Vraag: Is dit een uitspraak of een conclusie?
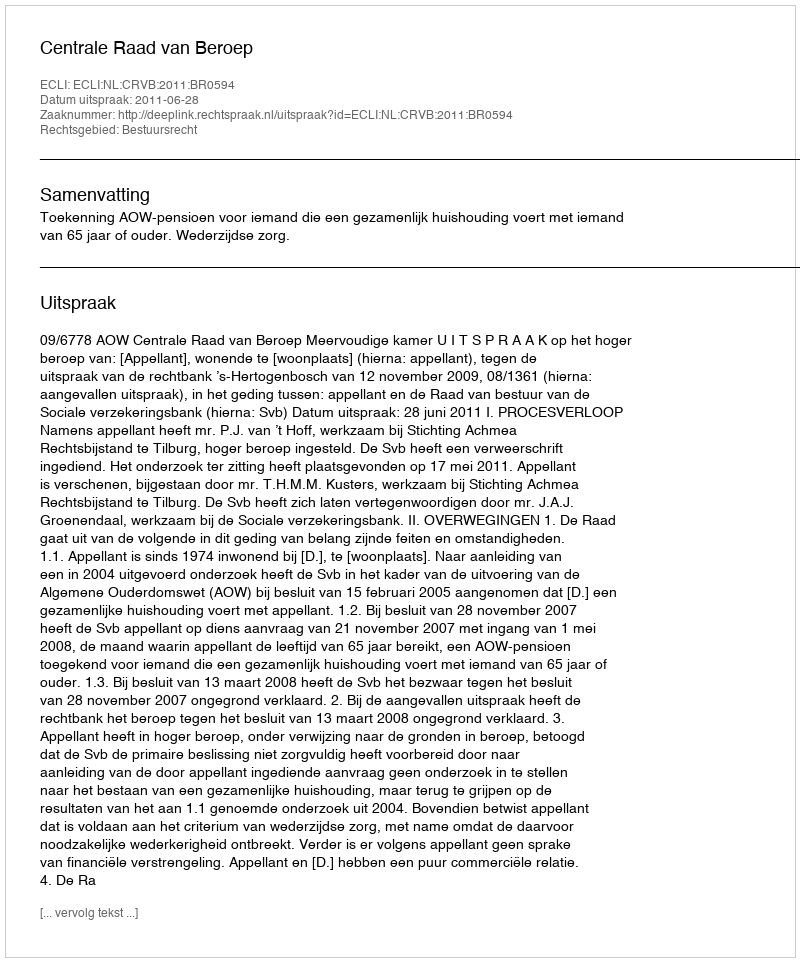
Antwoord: Uitspraak